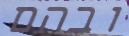
ובהם